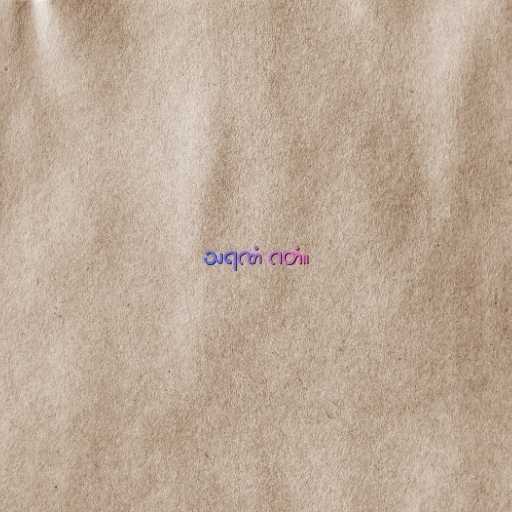
သရဏံ ဂတံ။